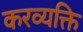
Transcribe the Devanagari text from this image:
करव्यक्ति